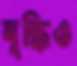
বৃদ্ধিও